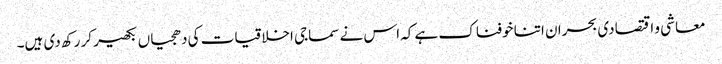
معاشی و اقتصادی بحران اتنا خوفناک ہے کہ اس نے سماجی اخلاقیات کی دھجیاں بکھیر کر رکھ دی ہیں۔